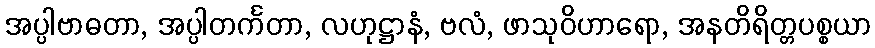
အပ္ပါဗာဓတာ, အပ္ပါတင်္ကတာ, လဟုဋ္ဌာနံ, ဗလံ, ဖာသုဝိဟာရော, အနတိရိတ္တပစ္စယာ